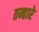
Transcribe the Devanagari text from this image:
तम्हारे